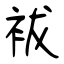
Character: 袚